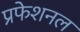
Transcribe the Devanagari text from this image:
प्रफेशनल